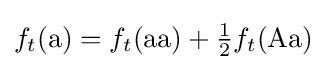
f_{t}({\text{a}})=f_{t}({\text{aa}})+{\tfrac {1}{2}}f_{t}({\text{Aa}})